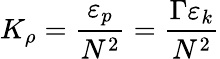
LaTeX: K_{\rho}=\frac{\varepsilon_{p}}{N^{2}}=\frac{\Gamma\varepsilon_{k}}{N^{2}}